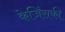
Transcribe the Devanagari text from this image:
केजिंसकी